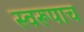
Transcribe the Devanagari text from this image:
स्वरूपाच